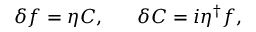
\delta f = \eta C , ~ ~ ~ ~ ~ \delta C = i \eta ^ { \dag } f ,